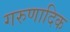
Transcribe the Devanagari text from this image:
गरुणादिक